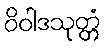
ဝိဝါဒသုတ္တံ